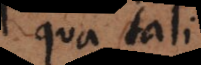
qua tali